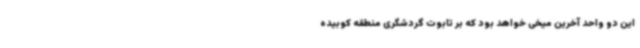
این دو واحد آخرین میخی خواهد بود که بر تابوت گردشگری منطقه کوبیده